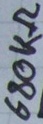
Text: 680kΩ